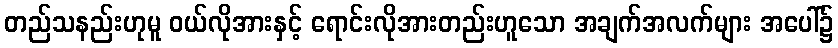
တည်သနည်းဟုမူ ဝယ်လိုအားနှင့် ရောင်းလိုအားတည်းဟူသော အချက်အလက်များ အပေါ်၌